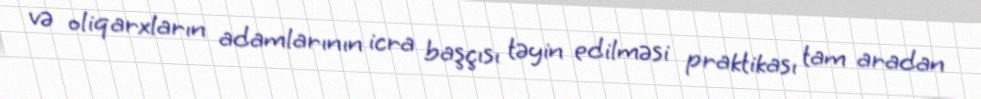
və oliqarxların adamlarının icra başçısı təyin edilməsi praktikası tam aradan